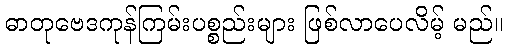
ဓာတုဗေဒကုန်ကြမ်းပစ္စည်းများ ဖြစ်လာပေလိမ့် မည်။